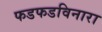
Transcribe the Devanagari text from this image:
फडफडविनारा